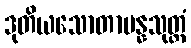
ဒုတိယသောတာပန္နသုတ္တံ